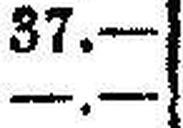
—.—